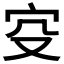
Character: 𡧔